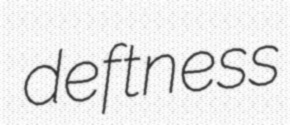
deftness